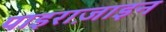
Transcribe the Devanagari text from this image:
पाइराज़ाइन